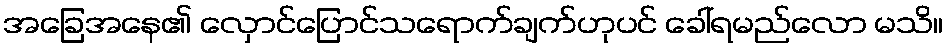
အခြေအနေ၏ လှောင်ပြောင်သရောက်ချက်ဟုပင် ခေါ်ရမည်လော မသိ။